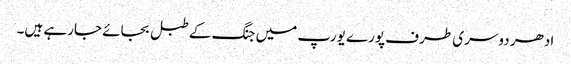
ادھر دوسری طرف پورے یورپ میں جنگ کے طبل بجائے جارہے ہیں۔